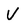
Character: V